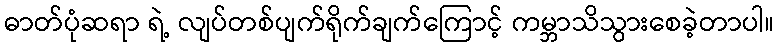
ဓာတ်ပုံဆရာ ရဲ့ လျပ်တစ်ပျက်ရိုက်ချက်ကြောင့် ကမ္ဘာသိသွားစေခဲ့တာပါ။